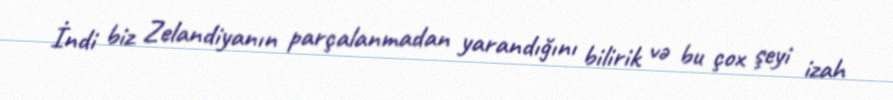
İndi biz Zelandiyanın parçalanmadan yarandığını bilirik və bu çox şeyi izah